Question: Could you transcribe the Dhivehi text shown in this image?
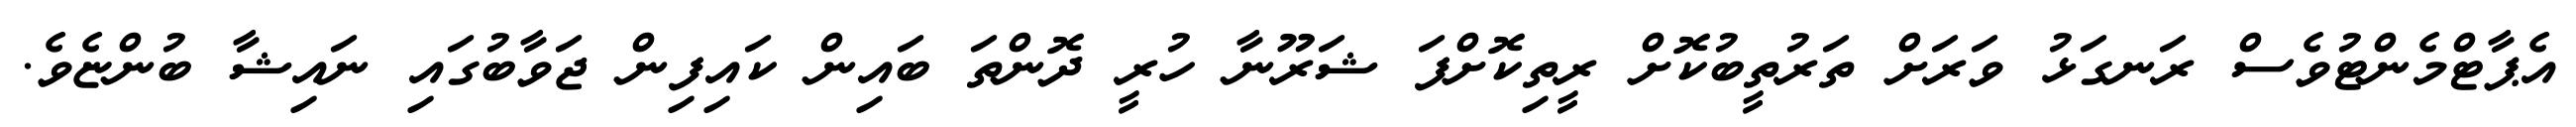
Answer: އެޕާޓްމެންޓުވެސް ރަނގަޅު ވަރަށް ތަރުތީބުކޮށް ރީތިކޮށްފަ ޝަރޫނާ ހުރީ ދޮންތަ ބައިން ކައިފިން ޖަވާބުގައި ނައިޝާ ބުންޏެވެ.